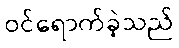
ဝင်ရောက်ခဲ့သည်